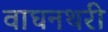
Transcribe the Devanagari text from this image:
वाघनथरी